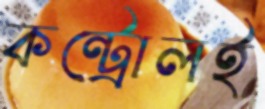
কন্ট্রোলই